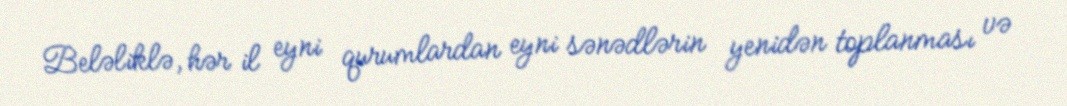
Beləliklə, hər il eyni qurumlardan eyni sənədlərin yenidən toplanması və